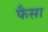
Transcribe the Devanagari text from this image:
फैसा